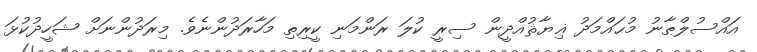
އައްސުލްޠާނު މުޙައްމަދު ޣިޔާޘުއްދީން ސިރީ ކުލަ ރަންމަނި ކީރިތި މަހާރަދުންނެވެ. މިރަދުންނަށް ޝަހީދުކުޅަ